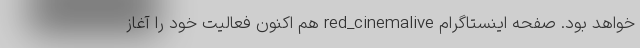
خواهد بود. صفحه اینستاگرام red_cinemalive هم اکنون فعالیت خود را آغاز